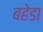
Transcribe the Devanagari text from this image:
बहेडा